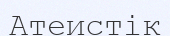
Атеистік